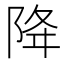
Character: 降